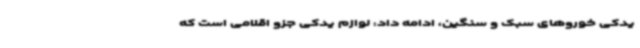
یدکی خوروهای سبک و سنگین، ادامه داد: لوازم یدکی جزو اقلامی است که